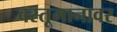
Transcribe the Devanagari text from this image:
वस्तूमानावर